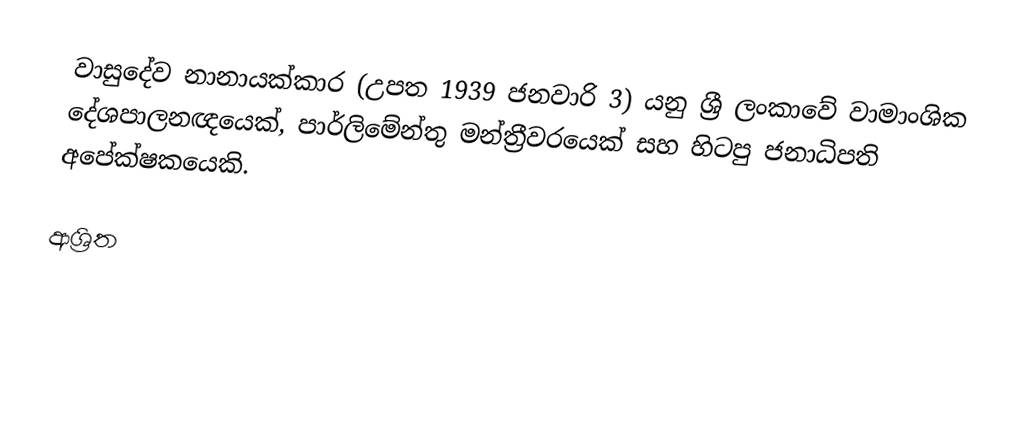
වාසුදේව නානායක්කාර (උපත 1939 ජනවාරි 3) යනු ශ්‍රී ලංකාවේ වාමාංශික දේශපාලනඥයෙක්, පාර්ලිමේන්තු මන්ත්‍රීවරයෙක් සහ හිටපු ජනාධිපති අපේක්ෂකයෙකි.

ආශ්‍රිත